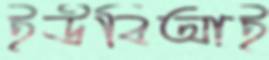
ইউবিআই